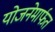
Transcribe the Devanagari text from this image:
योजनेमार्फत